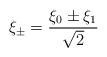
LaTeX: \begin{align*}\xi _{\pm }=\frac{\xi _{0}\pm \xi _{1}}{\sqrt{2}}\end{align*}